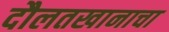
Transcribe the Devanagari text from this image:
दौलतखानाचा